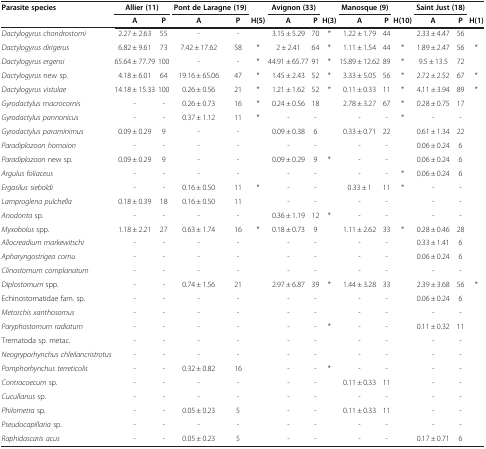
<table><thead><tr><td><b>Parasite species</b></td><td colspan="2"><b>Allier (11)</b></td><td colspan="2"><b>Pont de Laragne (19)</b></td><td><b> </b></td><td colspan="2"><b>Avignon (33)</b></td><td><b> </b></td><td colspan="2"><b>Manosque (9)</b></td><td><b> </b></td><td colspan="2"><b>Saint Just (18)</b></td><td><b> </b></td></tr><tr><td><b> </b></td><td><b>A</b></td><td><b>P</b></td><td><b>A</b></td><td><b>P</b></td><td><b>H(5)</b></td><td><b>A</b></td><td><b>P</b></td><td><b>H(3)</b></td><td><b>A</b></td><td><b>P</b></td><td><b>H(10)</b></td><td><b>A</b></td><td><b>P</b></td><td><b>H(1)</b></td></tr></thead><tbody><tr><td><i>Dactylogyrus chondrostomi</i></td><td>2.27 ± 2.63</td><td>55</td><td>-</td><td>-</td><td> </td><td>3.15 ± 5.29</td><td>70</td><td>*</td><td>1.22 ± 1.79</td><td>44</td><td> </td><td>2.33 ± 4.47</td><td>56</td><td> </td></tr><tr><td><i>Dactylogyrus dirigerus</i></td><td>6.82 ± 9.61</td><td>73</td><td>7.42 ± 17.62</td><td>58</td><td>*</td><td>2 ± 2.41</td><td>64</td><td>*</td><td>1.11 ± 1.54</td><td>44</td><td>*</td><td>1.89 ± 2.47</td><td>56</td><td>*</td></tr><tr><td><i>Dactylogyrus ergensi</i></td><td>65.64 ± 77.79</td><td>100</td><td>-</td><td>-</td><td>*</td><td>44.91 ± 65.77</td><td>91</td><td>*</td><td>15.89 ± 12.62</td><td>89</td><td>*</td><td>9.5 ± 13.5</td><td>72</td><td> </td></tr><tr><td><i>Dactylogyrus</i> new sp.</td><td>4.18 ± 6.01</td><td>64</td><td>19.16 ± 65.06</td><td>47</td><td>*</td><td>1.45 ± 2.43</td><td>52</td><td>*</td><td>3.33 ± 5.05</td><td>56</td><td>*</td><td>2.72 ± 2.52</td><td>67</td><td>*</td></tr><tr><td><i>Dactylogyrus vistulae</i></td><td>14.18 ± 15.33</td><td>100</td><td>0.26 ± 0.56</td><td>21</td><td>*</td><td>1.21 ± 1.62</td><td>52</td><td>*</td><td>0.11 ± 0.33</td><td>11</td><td>*</td><td>4.11 ± 3.94</td><td>89</td><td>*</td></tr><tr><td><i>Gyrodactylus macrocornis</i></td><td>-</td><td>-</td><td>0.26 ± 0.73</td><td>16</td><td>*</td><td>0.24 ± 0.56</td><td>18</td><td> </td><td>2.78 ± 3.27</td><td>67</td><td>*</td><td>0.28 ± 0.75</td><td>17</td><td> </td></tr><tr><td><i>Gyrodactylus pannonicus</i></td><td>-</td><td>-</td><td>0.37 ± 1.12</td><td>11</td><td>*</td><td>-</td><td>-</td><td> </td><td>-</td><td>-</td><td>*</td><td>-</td><td>-</td><td> </td></tr><tr><td><i>Gyrodactylus paraminimus</i></td><td>0.09 ± 0.29</td><td>9</td><td>-</td><td>-</td><td> </td><td>0.09 ± 0.38</td><td>6</td><td> </td><td>0.33 ± 0.71</td><td>22</td><td> </td><td>0.61 ± 1.34</td><td>22</td><td> </td></tr><tr><td><i>Paradiplozoon homoion</i></td><td>-</td><td>-</td><td>-</td><td>-</td><td> </td><td>-</td><td>-</td><td> </td><td>-</td><td>-</td><td> </td><td>0.06 ± 0.24</td><td>6</td><td> </td></tr><tr><td><i>Paradiplozoon</i> new sp.</td><td>0.09 ± 0.29</td><td>9</td><td>-</td><td>-</td><td> </td><td>0.09 ± 0.29</td><td>9</td><td>*</td><td>-</td><td>-</td><td> </td><td>0.06 ± 0.24</td><td>6</td><td> </td></tr><tr><td><i>Argulus foliaceus</i></td><td>-</td><td>-</td><td>-</td><td>-</td><td> </td><td>-</td><td>-</td><td> </td><td>-</td><td>-</td><td>*</td><td>0.06 ± 0.24</td><td>6</td><td> </td></tr><tr><td><i>Ergasilus sieboldi</i></td><td>-</td><td>-</td><td>0.16 ± 0.50</td><td>11</td><td>*</td><td>-</td><td>-</td><td> </td><td>0.33 ± 1</td><td>11</td><td>*</td><td>-</td><td>-</td><td> </td></tr><tr><td><i>Lamproglena pulchella</i></td><td>0.18 ± 0.39</td><td>18</td><td>0.16 ± 0.50</td><td>11</td><td> </td><td>-</td><td>-</td><td> </td><td>-</td><td>-</td><td> </td><td>-</td><td>-</td><td> </td></tr><tr><td><i>Anodonta</i> sp.</td><td>-</td><td>-</td><td>-</td><td>-</td><td> </td><td>0.36 ± 1.19</td><td>12</td><td>*</td><td>-</td><td>-</td><td> </td><td>-</td><td>-</td><td> </td></tr><tr><td><i>Myxobolus</i> spp.</td><td>1.18 ± 2.21</td><td>27</td><td>0.63 ± 1.74</td><td>16</td><td>*</td><td>0.18 ± 0.73</td><td>9</td><td> </td><td>1.11 ± 2.62</td><td>33</td><td>*</td><td>0.28 ± 0.46</td><td>28</td><td> </td></tr><tr><td><i>Allocreadium markewitschi</i></td><td>-</td><td>-</td><td>-</td><td>-</td><td> </td><td>-</td><td>-</td><td> </td><td>-</td><td>-</td><td> </td><td>0.33 ± 1.41</td><td>6</td><td> </td></tr><tr><td><i>Apharyngostrigea cornu</i></td><td>-</td><td>-</td><td>-</td><td>-</td><td> </td><td>-</td><td>-</td><td> </td><td>-</td><td>-</td><td> </td><td>0.06 ± 0.24</td><td>6</td><td> </td></tr><tr><td><i>Clinostomum complanatum</i></td><td>-</td><td>-</td><td>-</td><td>-</td><td> </td><td>-</td><td>-</td><td> </td><td>-</td><td>-</td><td> </td><td>-</td><td>-</td><td> </td></tr><tr><td><i>Diplostomum</i> spp.</td><td>-</td><td>-</td><td>0.74 ± 1.56</td><td>21</td><td> </td><td>2.97 ± 6.87</td><td>39</td><td>*</td><td>1.44 ± 3.28</td><td>33</td><td> </td><td>2.39 ± 3.68</td><td>56</td><td>*</td></tr><tr><td>Echinostomatidae fam. sp.</td><td>-</td><td>-</td><td>-</td><td>-</td><td> </td><td>-</td><td>-</td><td> </td><td>-</td><td>-</td><td> </td><td>0.06 ± 0.24</td><td>6</td><td> </td></tr><tr><td><i>Metorchis xanthosomus</i></td><td>-</td><td>-</td><td>-</td><td>-</td><td> </td><td>-</td><td>-</td><td> </td><td>-</td><td>-</td><td> </td><td>-</td><td>-</td><td> </td></tr><tr><td><i>Paryphostomum radiatum</i></td><td>-</td><td>-</td><td>-</td><td>-</td><td> </td><td>-</td><td>-</td><td>*</td><td>-</td><td>-</td><td> </td><td>0.11 ± 0.32</td><td>11</td><td> </td></tr><tr><td>Trematoda sp. metac.</td><td>-</td><td>-</td><td>-</td><td>-</td><td> </td><td>-</td><td>-</td><td> </td><td>-</td><td>-</td><td> </td><td>-</td><td>-</td><td> </td></tr><tr><td><i>Neogryporhynchus chleilancristrotus</i></td><td>-</td><td>-</td><td>-</td><td>-</td><td> </td><td>-</td><td>-</td><td> </td><td>-</td><td>-</td><td> </td><td>-</td><td>-</td><td> </td></tr><tr><td><i>Pomphorhynchus terreticolis</i></td><td>-</td><td>-</td><td>0.32 ± 0.82</td><td>16</td><td> </td><td>-</td><td>-</td><td>*</td><td>-</td><td>-</td><td> </td><td>-</td><td>-</td><td> </td></tr><tr><td><i>Contracoecum</i> sp.</td><td>-</td><td>-</td><td>-</td><td>-</td><td> </td><td>-</td><td>-</td><td> </td><td>0.11 ± 0.33</td><td>11</td><td> </td><td>-</td><td>-</td><td> </td></tr><tr><td><i>Cucullanus</i> sp.</td><td>-</td><td>-</td><td>-</td><td>-</td><td> </td><td>-</td><td>-</td><td> </td><td>-</td><td>-</td><td> </td><td>-</td><td>-</td><td> </td></tr><tr><td><i>Philometra</i> sp.</td><td>-</td><td>-</td><td>0.05 ± 0.23</td><td>5</td><td> </td><td>-</td><td>-</td><td> </td><td>0.11 ± 0.33</td><td>11</td><td> </td><td>-</td><td>-</td><td> </td></tr><tr><td><i>Pseudocapillaria</i> sp.</td><td>-</td><td>-</td><td>-</td><td>-</td><td> </td><td>-</td><td>-</td><td> </td><td>-</td><td>-</td><td> </td><td>-</td><td>-</td><td> </td></tr><tr><td><i>Raphidascaris acus</i></td><td>-</td><td>-</td><td>0.05 ± 0.23</td><td>5</td><td> </td><td>-</td><td>-</td><td> </td><td>-</td><td>-</td><td> </td><td>0.17 ± 0.71</td><td>6</td><td> </td></tr></tbody></table>